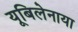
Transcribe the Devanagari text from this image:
यूबिलेनाया